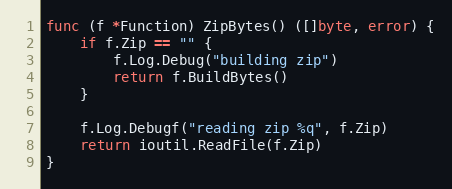
Language: Go
func (f *Function) ZipBytes() ([]byte, error) {
	if f.Zip == "" {
		f.Log.Debug("building zip")
		return f.BuildBytes()
	}

	f.Log.Debugf("reading zip %q", f.Zip)
	return ioutil.ReadFile(f.Zip)
}